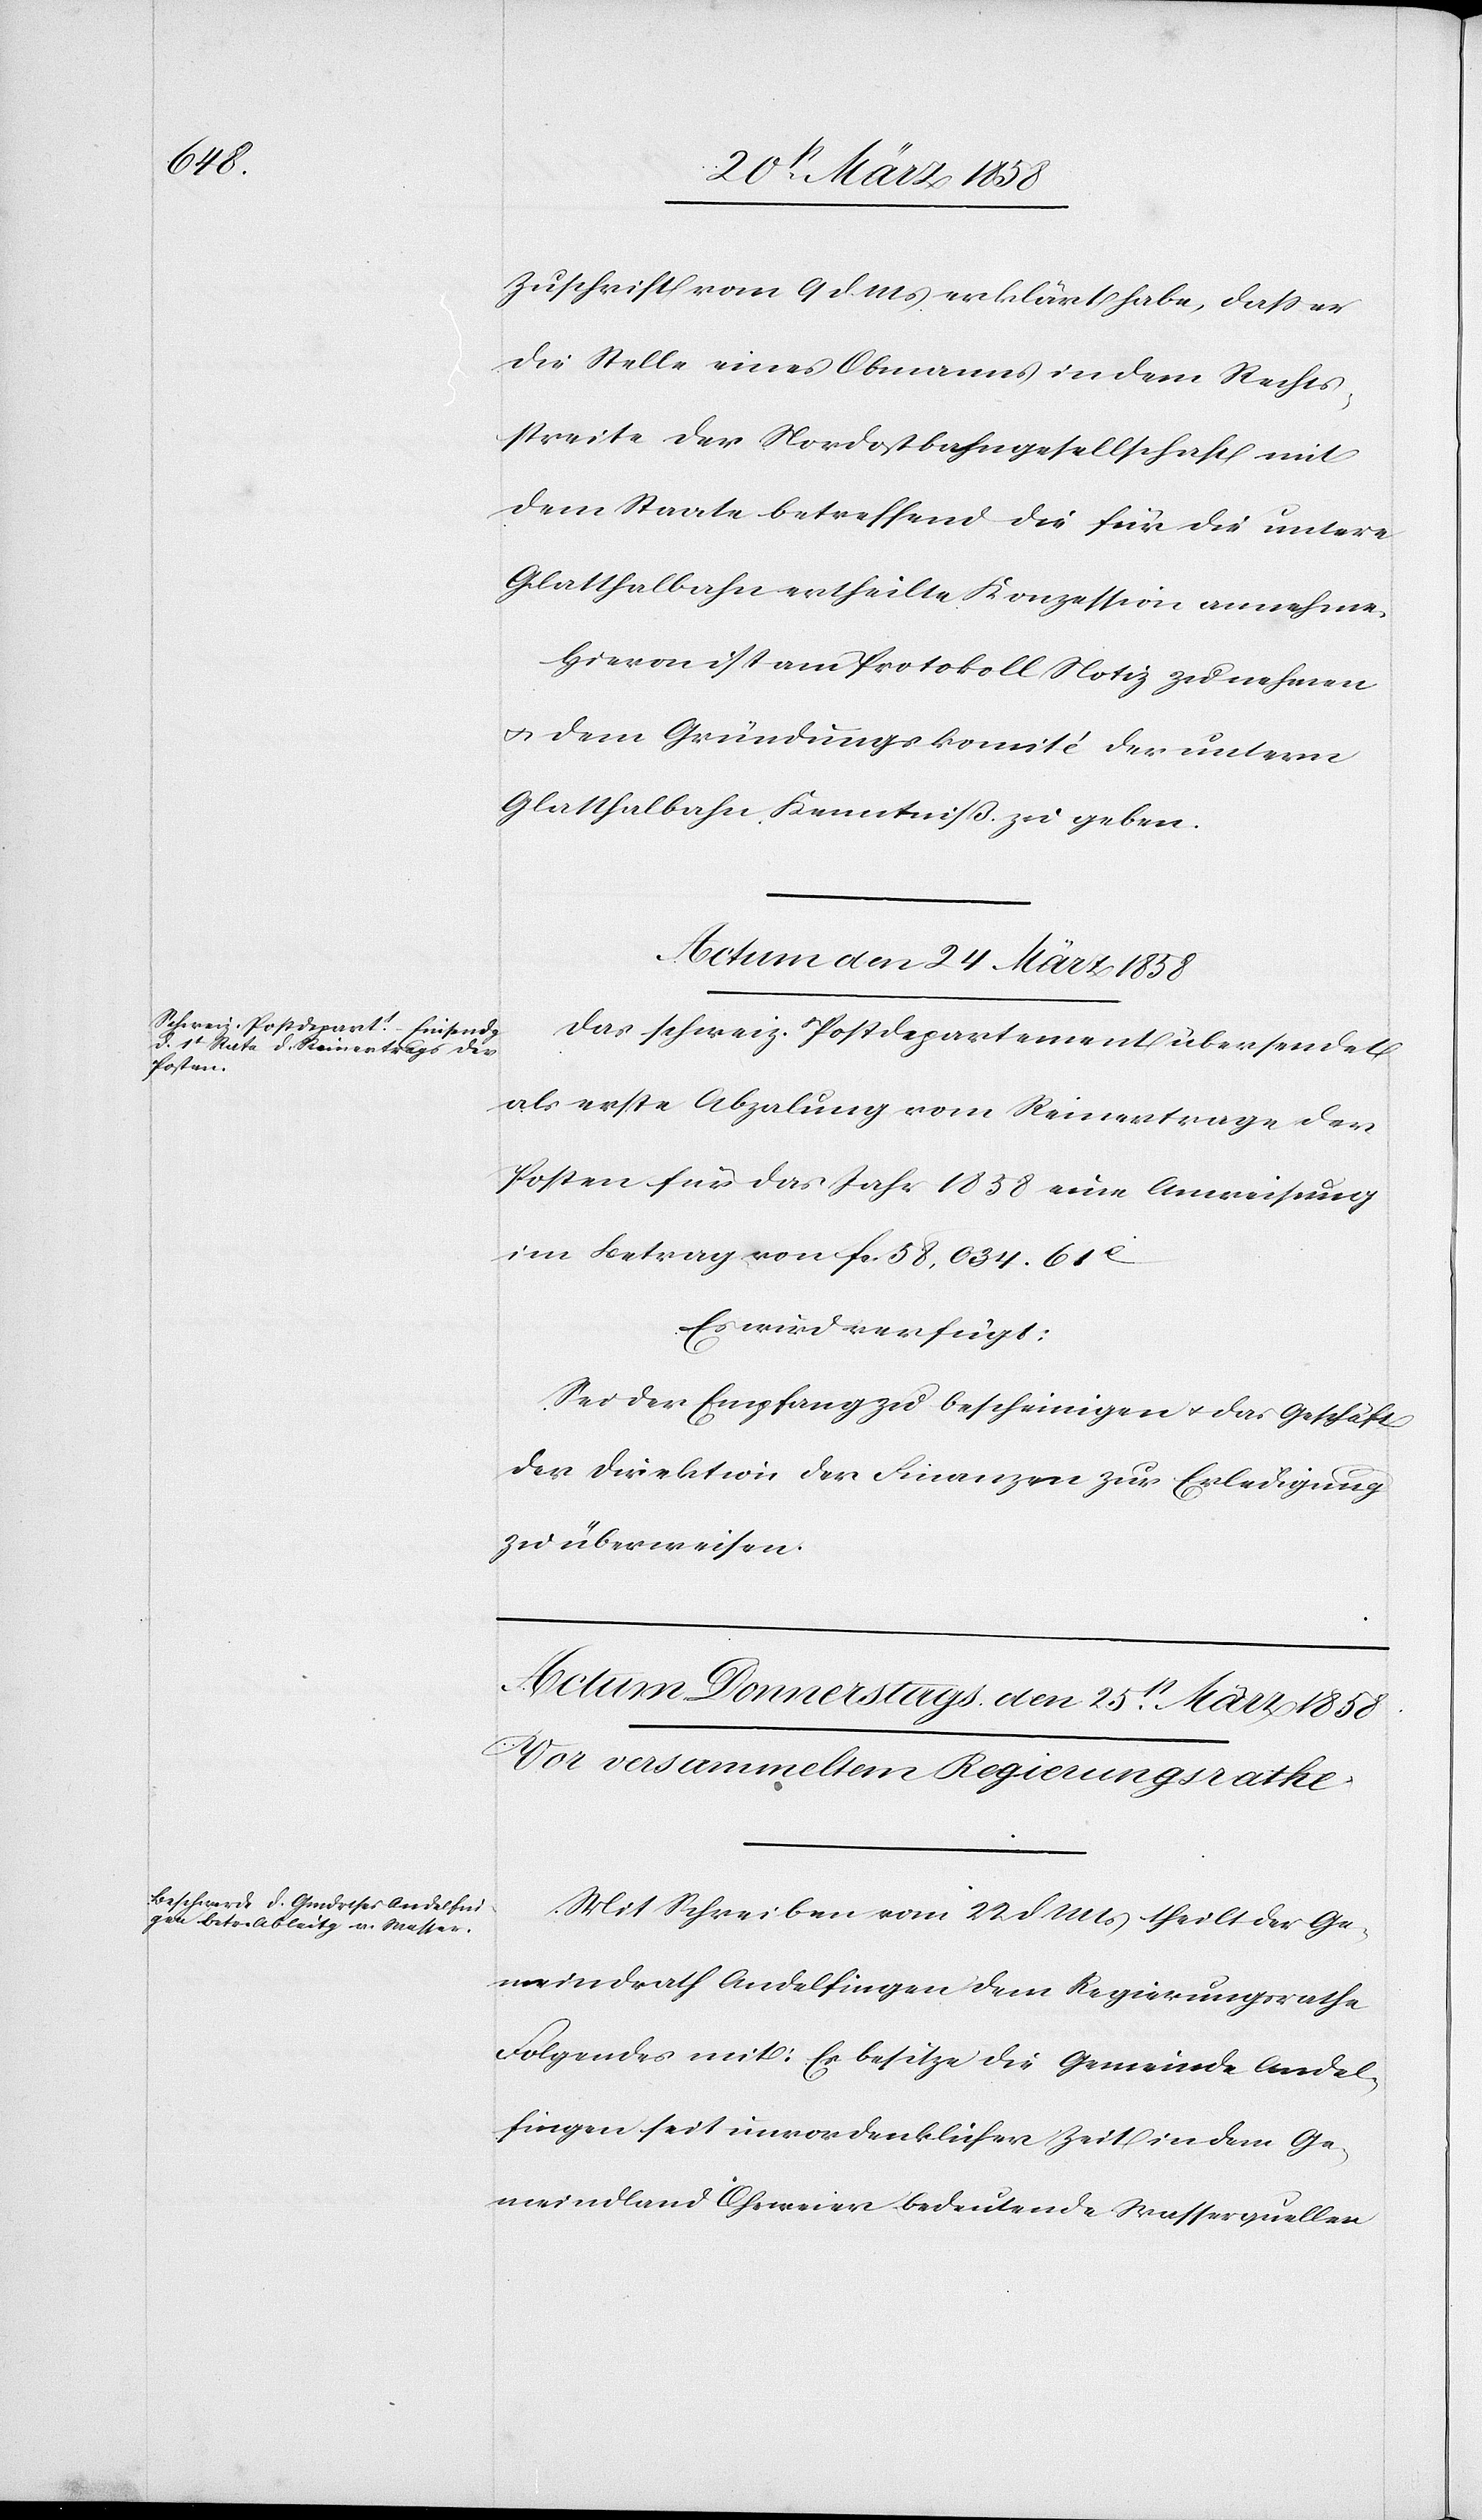
Zuschrift vom 9. d. Mts. erklärt habe, daß er
die Stelle eines Obmanns in dem Rechts¬
streite der Nordostbahngesellschaft mit
dem Staate betreffend die für die untere
Glatthalbahn ertheilte Konzession annehme.
Hievon ist am Protokoll Notiz zu nehmen
u. dem Gründungskomité der untern
Glatthalbahn Kenntniß zu geben.
Actum den 24. März 1858.
Das schweiz. Postdepartement übersendet
als erste Abzahlung vom Reinertrage der
Posten für das Jahr 1858 eine Anweisung
im Betrage von fcs. 58,034 61C
Es wird verfügt:
Sei der Empfang zu bescheinigen u. das Geschäft
der Direktion der Finanzen zur Erledigung
zu überweisen.
Mit Schreiben vom 22. d. Mts. theilt der Ge¬
meindrath Andelfingen dem Regierungsrathe
Folgendes mit: Es besitze die Gemeinde Andel¬
fingen seit unvordenklicher Zeit in dem Ge¬
meindland Ohrweier bedeutende Wasserquellen